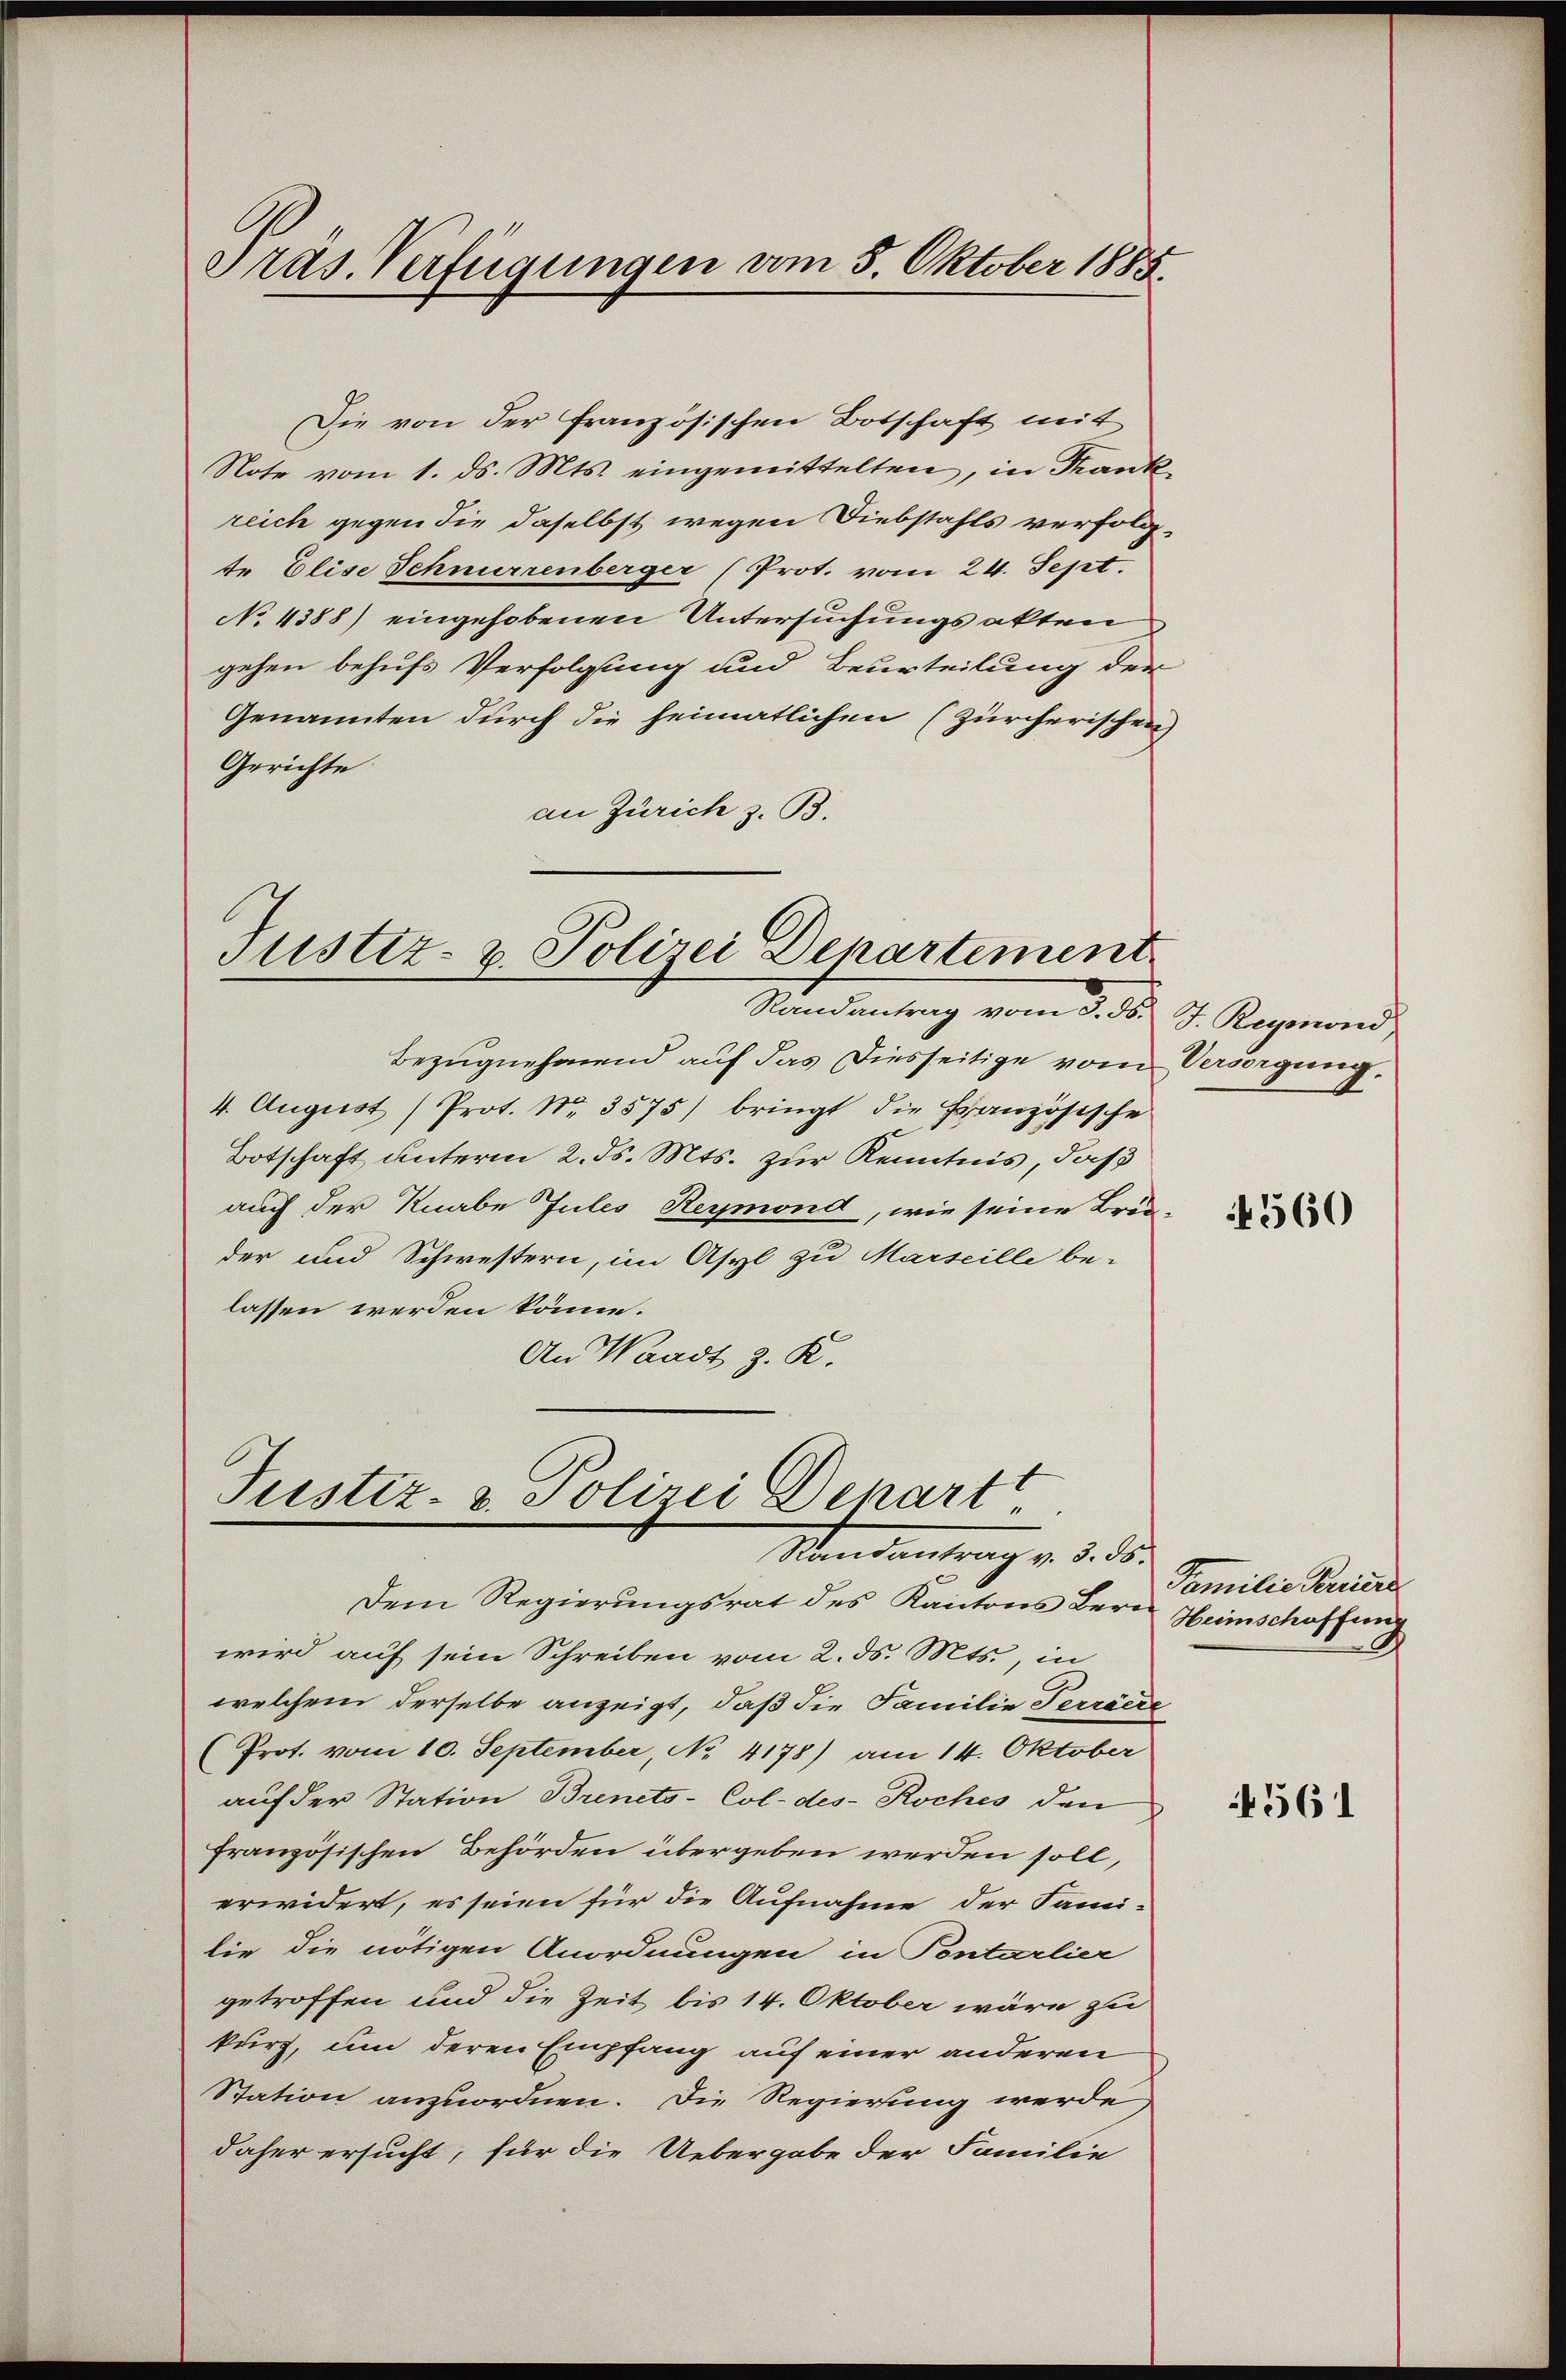
Tras. Verfügungen vom 5. Oktober 1885.

Die von der französischen Botschaft mit
Note vom 1. ds. Mts. eingemittelten, in Frank
reich gegen die daselbst wegen Diebstahls verfolgte Elise Schnurrenberger (Prot. vom 24. Sept.
No 4388) eingehobenen Untersuchungsakten
gehen behufs Verfolgung und Beurteilung der
Genannten durch die heimatlichen (Zürcherischen
Gerichte
an Zürich z. B.

Justiz- & Polizei Departement
Randantrag vom 3. d. J. Reymond,

Justiz- & Polizei Depart
Randantrag v. 3. ds.

Bezugnehmend auf das Diesseitige vom Versorgung,
4. August (Prot. Nr. 3575) bringt die Französische
Botschaft unterm 2. ds. Mts. zur Kenntnis, daß
auch der Knabe Jules Reymond, wie seine Brus-
der und Schwestern, im Asyl zu Marseille be-
lassen werden könne.
An Waadt z. R.

Dem Regierungsrat des Kantons Bern
wird auf sein Schreiben vom 2. ds. Mts., in
welchem derselbe anzeigt, daß die Familie Terriere
(Prot. vom 10. September, No 4178) am 14. Oktober
auf der Station Brenets-Col-des- Roches den
französischen Behörden übergeben werden soll,
erwidert, es seien für die Aufnahme der Fami-
lie die nötigen Anordnungen in Pontarlier
getroffen und die Zeit bis 14. Oktober wäre zu
kurz, um deren Empfang auf einer anderen
Station anzuordnen. Die Regierung werde
daher ersucht, für die Uebergabe der Familie

4560

Familie Perriere
Heimschaffung

561